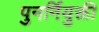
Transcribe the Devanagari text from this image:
पुनर्नियुक्ती